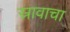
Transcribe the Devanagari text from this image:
स्रावाचा